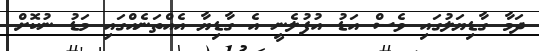
ދަމާ ގާޑިޔަލުގައި ވެސް އަޑު އުފުލެނީ އެ ގާޑިޔާ އެއްތަނެއްގައި މަޑު ނުކޮށް